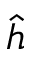
\hat { h }